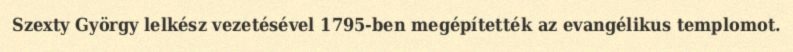
Szexty György lelkész vezetésével 1795-ben megépítették az evangélikus templomot.